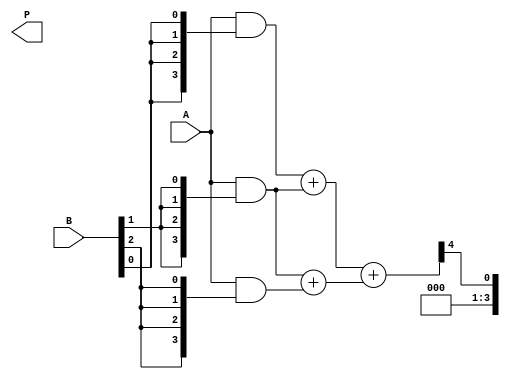
module wallace_tree_multiplier #(parameter N = 4) (
    input [N-1:0] A, // Multiplicand
    input [N-1:0] B, // Multiplier
    output reg [2*N-1:0] P // Product
);

    // Generate Partial Products
    wire [N-1:0] pp [0:N-1]; // Partial products
    genvar i;
    generate
        for (i = 0; i < N; i = i + 1) begin : gen_partial_products
            assign pp[i] = A & {N{B[i]}}; // AND operation to generate partial products
        end
    endgenerate

    // Wallace Tree Reduction
    wire [N-1:0] sum [0:N-1]; // Sums for reduction
    wire [N-1:0] carry [0:N-1]; // Carries for reduction

    // Stage 1: Combine partial products using half adders and full adders
    generate
        for (i = 0; i < N-1; i = i + 1) begin : stage1
            if (i % 2 == 0) begin
                assign {carry[i], sum[i]} = pp[i] + pp[i+1]; // Full adder for even indices
            end else begin
                assign {carry[i], sum[i]} = {1'b0, pp[i]} + {1'b0, pp[i+1]}; // Half adder for odd indices
            end
        end
    endgenerate

    // Stage 2: Combine results from Stage 1
    wire [N-1:0] sum_stage2 [0:N/2-1];
    wire [N-1:0] carry_stage2 [0:N/2-1];

    generate
        for (i = 0; i < N/2; i = i + 1) begin : stage2
            assign {carry_stage2[i], sum_stage2[i]} = sum[2*i] + sum[2*i+1]; // Full adder
        end
    endgenerate

    // Final Addition
    wire [N-1:0] final_sum;
    wire final_carry;

    assign {final_carry, final_sum} = sum_stage2[0] + sum_stage2[1]; // Final addition of last two sums

    // Construct final product
    always @(*) begin
        P = {final_carry, final_sum, sum_stage2[2], carry_stage2[0]}; // Combine results
    end

endmodule